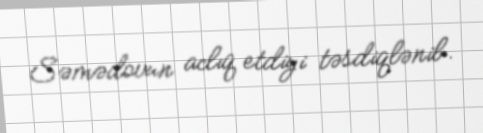
Səmədovun aclıq etdiyi təsdiqlənib.